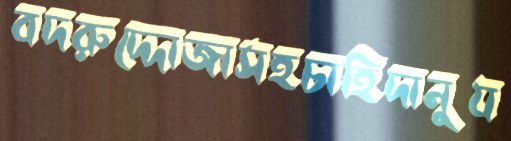
বদরুদ্দোজাসহচাহিদানুয